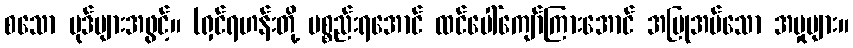
စသော ပုဒ်များအဖွင့်။ (ရှင်ရဟန်းတို့ ပစ္စည်းရအောင် ထင်ပေါ်ကျော်ကြားအောင် အပြုအပ်သော အမှုများ။